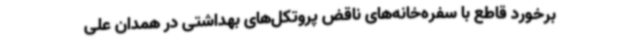
برخورد قاطع با سفره‌خانه‌های ناقض پروتکل‌های بهداشتی در همدان علی